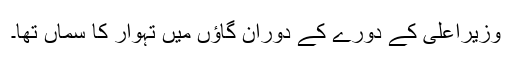
وزیراعلیٰ کے دورے کے دوران گاﺅں میں تہوار کا سماں تھا۔